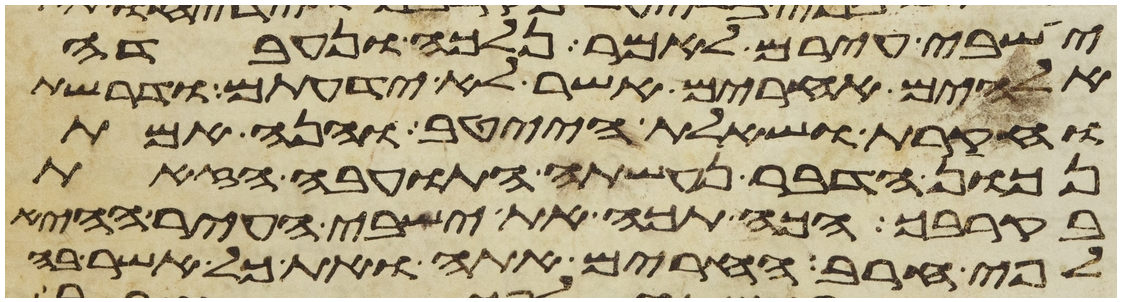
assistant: ישבי עירם לאמר נלכה ונעבדה
אלהים אחרים אשר לא ידעתם ודרשת
וחקרת ושאלת הייטב והנה אמת
נכון הדבר נעשתה התועבה הזאת
בקרבך הכה תכה את ישבי העיר ההיא
לפי חרב החרים אתה ואת כל אשר בה